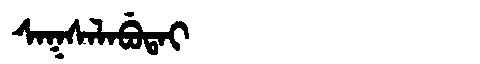
Manchu: ᠰᠠᡴᠰᠠᠯᠠᠪᡠᡨᠠᡳ
Romanization: SAKSALABUTAI